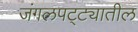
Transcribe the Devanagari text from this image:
जंगलपट्ट्यातील